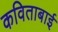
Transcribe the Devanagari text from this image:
कविताबाई